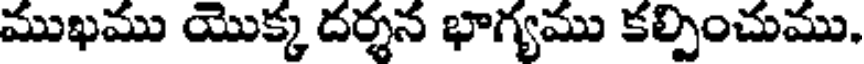
ముఖము యొక్క దర్శన భాగ్యము కల్పించుము.